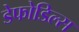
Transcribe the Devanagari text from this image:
डेफोडिल्स